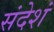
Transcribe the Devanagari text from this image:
संदेशं